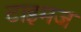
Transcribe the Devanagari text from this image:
टाइमज